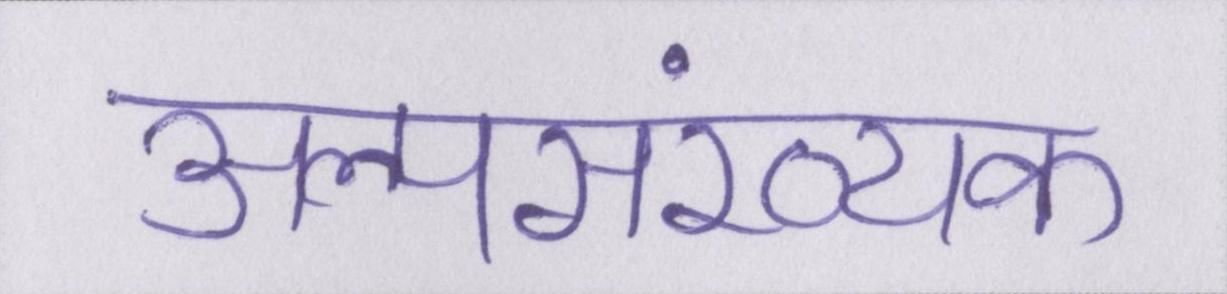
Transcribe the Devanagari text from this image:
अल्पसंख्यक